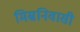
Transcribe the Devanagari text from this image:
मिस्रनिवासी